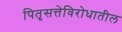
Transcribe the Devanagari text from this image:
पितृसत्तेविरोधातील